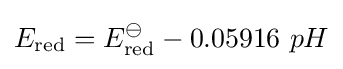
E_{\text{red}}=E_{\text{red}}^{\ominus }-0.05916\ pH